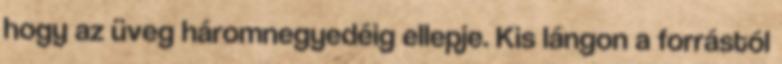
hogy az üveg háromnegyedéig ellepje. Kis lángon a forrástól